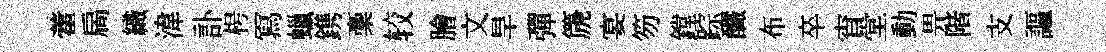
藿扄織湋訃枵冩蠟鎸稾较膾文旱彈篪宴笏鏜踪釅布卒宵堂動畀階支謳